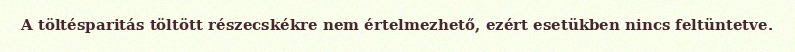
A töltésparitás töltött részecskékre nem értelmezhető, ezért esetükben nincs feltüntetve.